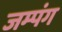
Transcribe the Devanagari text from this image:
जम्पंग